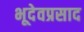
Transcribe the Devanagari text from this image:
भूदेवप्रसाद